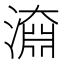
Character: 𣽂